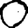
Digit: 0